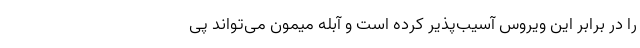
را در برابر این ویروس آسیب‌پذیر کرده است و آبله میمون می‌تواند پی